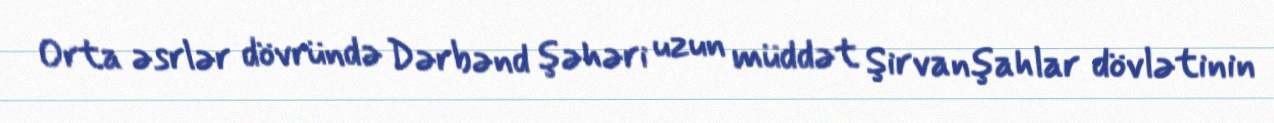
Orta əsrlər dövründə Dərbənd şəhəri uzun müddət Şirvanşahlar dövlətinin